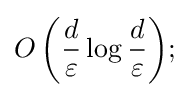
O\left({\frac {d}{\varepsilon }}\log {\frac {d}{\varepsilon }}\right)\!;